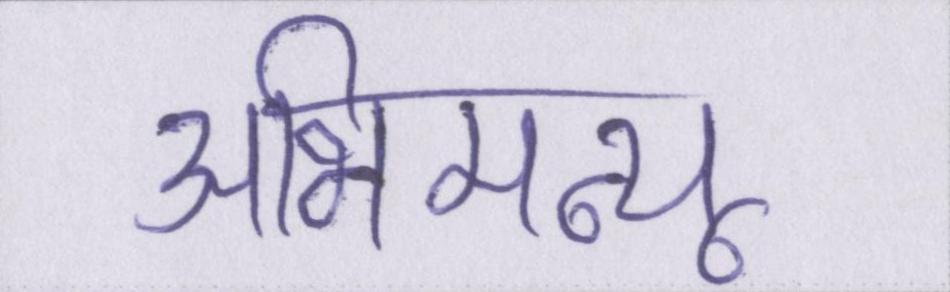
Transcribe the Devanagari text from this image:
अभिमन्यू